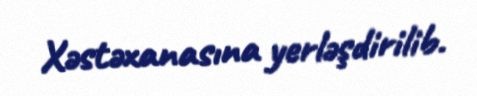
Xəstəxanasına yerləşdirilib.